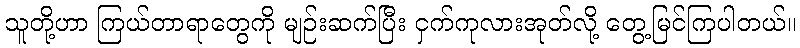
သူတို့ဟာ ကြယ်တာရာတွေကို မျဉ်းဆက်ပြီး ငှက်ကုလားအုတ်လို့ တွေ့မြင်ကြပါတယ်။